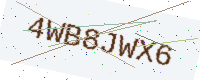
Text: 4WB8JWX6